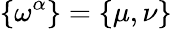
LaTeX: \smash{\{ \omega^{\alpha}\} }=\{ \mu,\nu\}